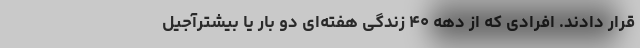
قرار دادند. افرادی که از دهه ۴۰ زندگی هفته‌ای دو بار یا بیشترآجیل